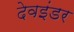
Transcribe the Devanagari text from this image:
देवइंडर